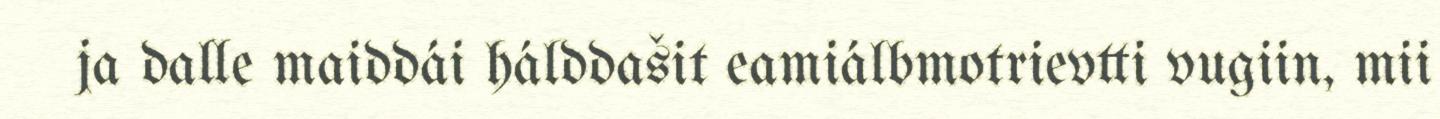
ja dalle maiddái hálddašit eamiálbmotrievtti vugiin, mii